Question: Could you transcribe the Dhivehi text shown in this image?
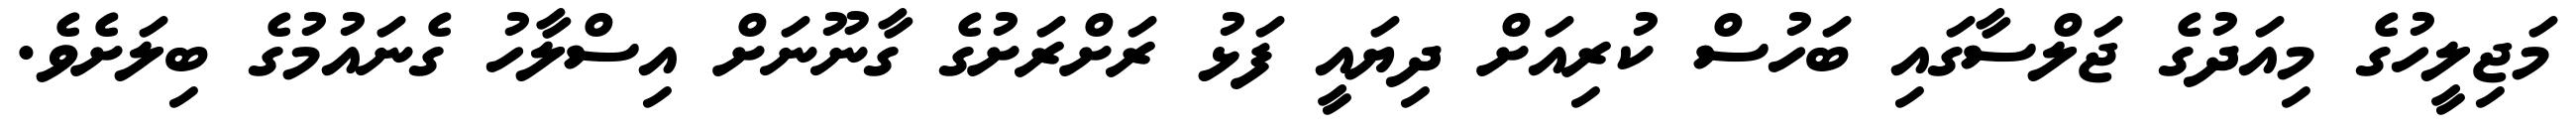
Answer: މަޖިލީހުގެ މިއަދުގެ ޖަލްސާގައި ބަހުސް ކުރިއަށް ދިޔައީ ފަޅު ރަށްރަށުގެ ގާނޫނަށް އިސްލާހު ގެނައުމުގެ ބިލަށެވެ.